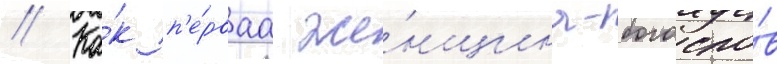
// Ка́к п'е́рваа же́нщина-богосло́в